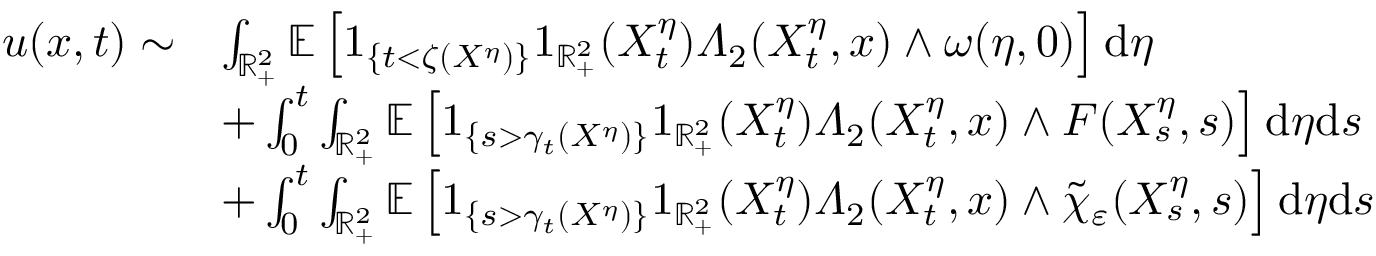
\begin{array} { r l } { u ( x , t ) \sim } & { \int _ { \mathbb { R } _ { + } ^ { 2 } } \mathbb { E } \left[ 1 _ { \{ t < \zeta ( X ^ { \eta } ) \} } 1 _ { \mathbb { R } _ { + } ^ { 2 } } ( X _ { t } ^ { \eta } ) \varLambda _ { 2 } ( X _ { t } ^ { \eta } , x ) \wedge \omega ( \eta , 0 ) \right] \mathrm { d } \eta } \\ & { + \int _ { 0 } ^ { t } \int _ { \mathbb { R } _ { + } ^ { 2 } } \mathbb { E } \left[ 1 _ { \left\{ s > \gamma _ { t } ( X ^ { \eta } ) \right\} } 1 _ { \mathbb { R } _ { + } ^ { 2 } } ( X _ { t } ^ { \eta } ) \varLambda _ { 2 } ( X _ { t } ^ { \eta } , x ) \wedge F ( X _ { s } ^ { \eta } , s ) \right] \mathrm { d } \eta \mathrm { d } s } \\ & { + \int _ { 0 } ^ { t } \int _ { \mathbb { R } _ { + } ^ { 2 } } \mathbb { E } \left[ 1 _ { \left\{ s > \gamma _ { t } ( X ^ { \eta } ) \right\} } 1 _ { \mathbb { R } _ { + } ^ { 2 } } ( X _ { t } ^ { \eta } ) \varLambda _ { 2 } ( X _ { t } ^ { \eta } , x ) \wedge \tilde { \chi } _ { \varepsilon } ( X _ { s } ^ { \eta } , s ) \right] \mathrm { d } \eta \mathrm { d } s } \end{array}